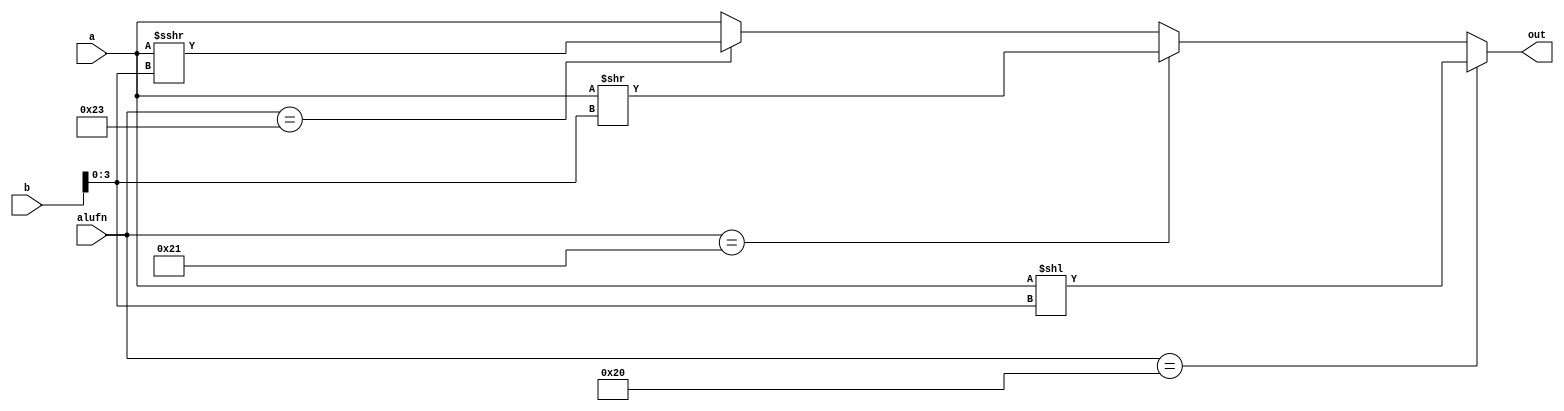
/*
   This file was generated automatically by Alchitry Labs version 1.2.7.
   Do not edit this file directly. Instead edit the original Lucid source.
   This is a temporary file and any changes made to it will be destroyed.
*/

module shifter_23 (
    input [15:0] a,
    input [15:0] b,
    input [5:0] alufn,
    output reg [15:0] out
  );
  
  
  
  always @* begin
    out = a;
    if (alufn == 6'h20) begin
      out = a << b[0+3-:4];
    end else begin
      if (alufn == 6'h21) begin
        out = a >> b[0+3-:4];
      end else begin
        if (alufn == 6'h23) begin
          out = $signed(a) >>> b[0+3-:4];
        end
      end
    end
  end
endmodule